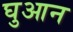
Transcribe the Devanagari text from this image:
घुआन